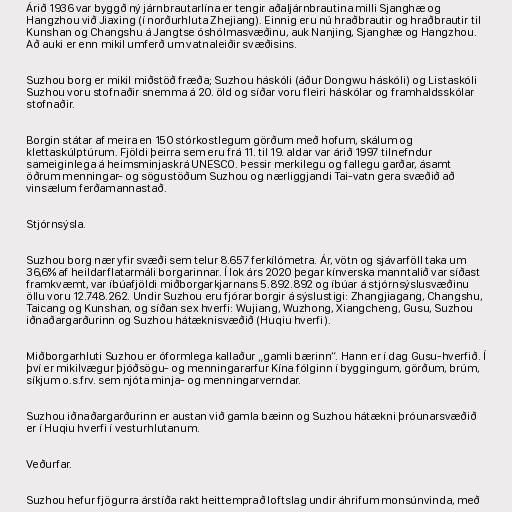
Árið 1936 var byggð ný járnbrautarlína er tengir aðaljárnbrautina milli Sjanghæ og
Hangzhou við Jiaxing (í norðurhluta Zhejiang). Einnig eru nú hraðbrautir og hraðbrautir til
Kunshan og Changshu á Jangtse óshólmasvæðinu, auk Nanjing, Sjanghæ og Hangzhou.
Að auki er enn mikil umferð um vatnaleiðir svæðisins.

Suzhou borg er mikil miðstöð fræða; Suzhou háskóli (áður Dongwu háskóli) og Listaskóli
Suzhou voru stofnaðir snemma á 20. öld og síðar voru fleiri háskólar og framhaldsskólar
stofnaðir.

Borgin státar af meira en 150 stórkostlegum görðum með hofum, skálum og
klettaskúlptúrum. Fjöldi þeirra sem eru frá 11. til 19. aldar var árið 1997 tilnefndur
sameiginlega á heimsminjaskrá UNESCO. Þessir merkilegu og fallegu garðar, ásamt
öðrum menningar- og sögustöðum Suzhou og nærliggjandi Tai-vatn gera svæðið að
vinsælum ferðamannastað.

Stjórnsýsla.

Suzhou borg nær yfir svæði sem telur 8.657 ferkílómetra. Ár, vötn og sjávarföll taka um
36,6% af heildarflatarmáli borgarinnar. Í lok árs 2020 þegar kínverska manntalið var síðast
framkvæmt, var íbúafjöldi miðborgarkjarnans 5.892.892 og íbúar á stjórnsýslusvæðinu
öllu voru 12.748.262. Undir Suzhou eru fjórar borgir á sýslustigi: Zhangjiagang, Changshu,
Taicang og Kunshan, og síðan sex hverfi: Wujiang, Wuzhong, Xiangcheng, Gusu, Suzhou
iðnaðargarðurinn og Suzhou hátæknisvæðið (Huqiu hverfi).

Miðborgarhluti Suzhou er óformlega kallaður „gamli bærinn“. Hann er í dag Gusu-hverfið. Í
því er mikilvægur þjóðsögu- og menningararfur Kína fólginn í byggingum, görðum, brúm,
síkjum o.s.frv. sem njóta minja- og menningarverndar.

Suzhou iðnaðargarðurinn er austan við gamla bæinn og Suzhou hátækni þróunarsvæðið
er í Huqiu hverfi í vesturhlutanum.

Veðurfar.

Suzhou hefur fjögurra árstíða rakt heittemprað loftslag undir áhrifum monsúnvinda, með